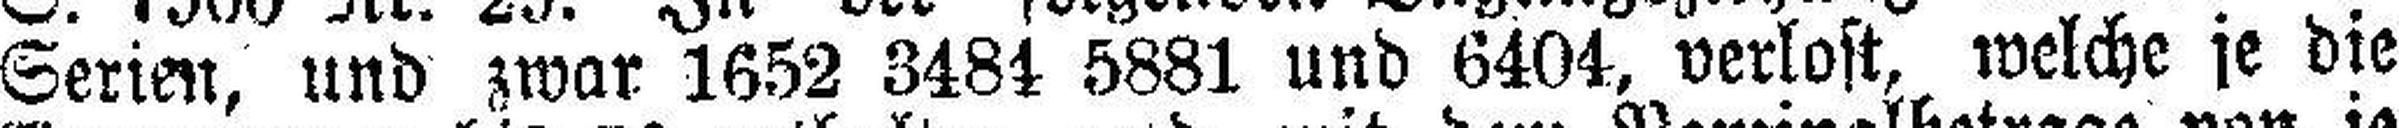
Serien, und zwar 1652 3484 5881 und 6404, verlost, welche je die